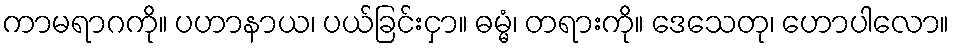
ကာမရာဂကို။ ပဟာနာယ၊ ပယ်ခြင်းငှာ။ ဓမ္မံ၊ တရားကို။ ဒေသေတု၊ ဟောပါလော။